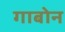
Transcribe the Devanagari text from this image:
गाबोन